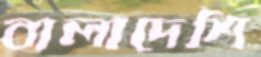
বালাদেশি